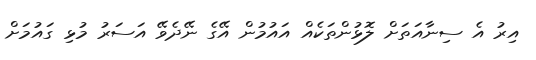
އިރު އެ ސިނާއަތަށް ލޮޅުންތަކެއް އައުމުން އޭގެ ނޭދެވޭ އަސަރު މުޅި ގައުމަށް